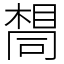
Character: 𫝛